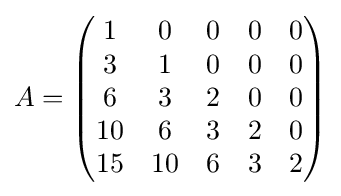
A={\begin{pmatrix}1&0&0&0&0\\3&1&0&0&0\\6&3&2&0&0\\10&6&3&2&0\\15&10&6&3&2\end{pmatrix}}